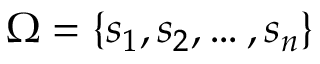
\Omega = \{ s _ { 1 } , s _ { 2 } , \ldots , s _ { n } \}